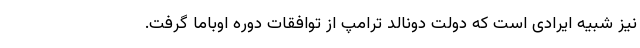
نیز شبیه ایرادی است که دولت دونالد ترامپ از توافقات دوره اوباما گرفت.